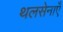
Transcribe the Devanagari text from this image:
थलसेनाएँ